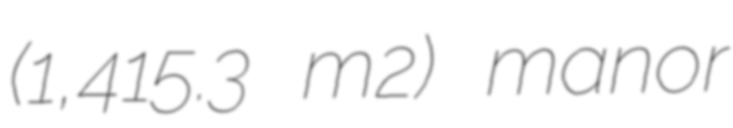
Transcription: (1,415.3 m2) manor